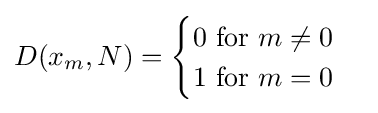
D(x_{m},N)={\begin{cases}0{\text{ for }}m\neq 0\\1{\text{ for }}m=0\end{cases}}